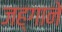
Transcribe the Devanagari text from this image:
जह्गाने